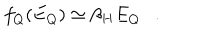
LaTeX: f _ { Q } ( E _ { Q } ) \simeq \beta _ { H } E _ { Q } .